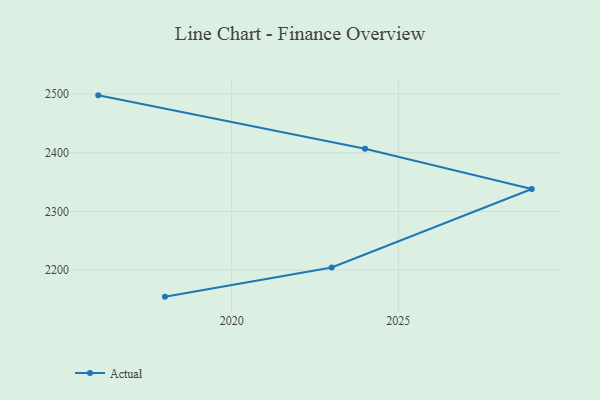
{"axis": {"x": "Year", "y": "Population (Million)"}, "legend": ["Actual"], "data": [{"x": "2018", "y": 2154.8, "type": "Actual"}, {"x": "2023", "y": 2204.5, "type": "Actual"}, {"x": "2029", "y": 2338.2, "type": "Actual"}, {"x": "2024", "y": 2406.7, "type": "Actual"}, {"x": "2016", "y": 2497.8, "type": "Actual"}]}